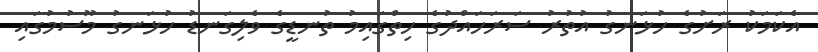
އެކަމަކު ރަށުގެ ހުޅަނގު އުތުރު ސަރަހައްދުގެ ހިތްގައިމު ތުނޑީގެ ވެލިގަނޑު ހުޅަނގު މޫސުމުގައި